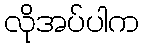
လိုအပ်ပါက